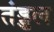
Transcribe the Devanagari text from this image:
तंड्डल